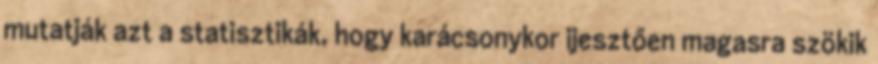
mutatják azt a statisztikák, hogy karácsonykor ijesztően magasra szökik